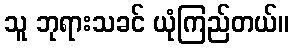
သူ ဘုရားသခင် ယုံကြည်တယ်။